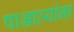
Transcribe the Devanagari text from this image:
पाश्चात्यांना